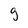
Character: g